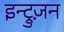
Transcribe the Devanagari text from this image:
इन्ट्रुज़न